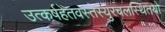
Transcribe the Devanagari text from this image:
उत्कर्षहेतवस्तेस्युरचलस्थितयो